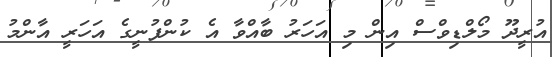
އުރީދޫ މޯލްޑިވްސް އިން މި އަހަރު ބާއްވާ އެ ކުންފުނީގެ އަހަރީ އާންމު